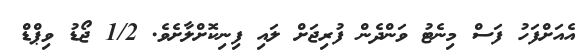
އެއަށްފަހު ފަސް މިނެޓު ވަންދެން ފުރިޖަށް ލައި ފިނިކޮށްލާށެވެ. 1/2 ޖޯޑު ވިޕްޑް